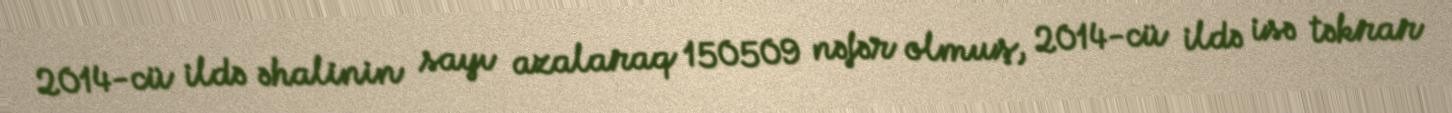
2014-cü ildə əhalinin sayı azalaraq 150509 nəfər olmuş, 2014-cü ildə isə təkrar